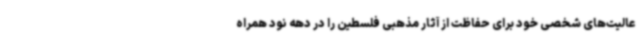
عالیت‌های شخصی خود برای حفاظت از آثار مذهبی فلسطین را در دهه نود همراه